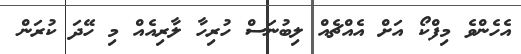
އެހެންވެ މިފްކޯ އަށް އެއްޗެއް ލިބުނަސް ހުރިހާ ލާރިއެއް މި ހޭދަ ކުރަން